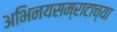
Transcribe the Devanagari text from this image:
अभिनयसम्राटाच्या